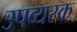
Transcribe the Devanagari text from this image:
उपव्यस्क